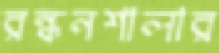
রন্ধনশালার